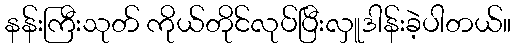
နန်းကြီးသုတ် ကိုယ်တိုင်လုပ်ပြီးလှူဒါန်းခဲ့ပါတယ်။